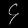
Digit: ၄